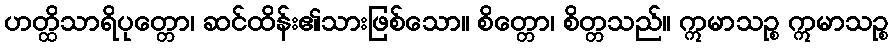
ဟတ္ထိသာရိပုတ္တော၊ ဆင်ထိန်း၏သားဖြစ်သော။ စိတ္တော၊ စိတ္တသည်။ ဣမာသဉ္စ ဣမာသဉ္စ